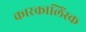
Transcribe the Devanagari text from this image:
कारकालिंस्क